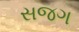
સજગ